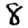
Digit: 8